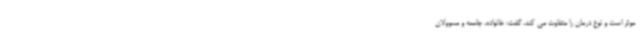
موثر است و نوع درمان را متفاوت می کند، گفت: خانواده، جامعه و مسوولان